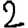
Digit: 2